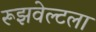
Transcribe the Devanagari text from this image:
रूझवेल्टला